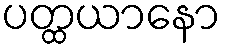
ပတ္ထယာနော